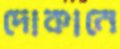
দোকানে